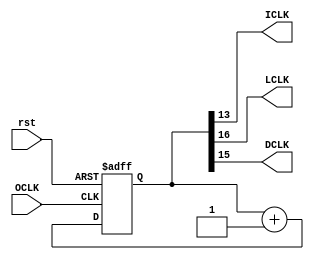
module divider
(
    input OCLK,
    input rst,
    output wire ICLK,
    output wire LCLK,
    output wire DCLK
);

parameter OF = 50000000, IF = 3051, LF = 381, DF = 762, TF = 1;
reg[16:0] counter;

always @(posedge OCLK or posedge rst) begin
    if (rst)
        counter <= 0;
    else
        counter <= counter + 17'b1;
end

assign ICLK = counter[13];
assign LCLK = counter[16];
assign DCLK = counter[15];
endmodule 


// module divider
// (
//     input wire OCLK,
//     output reg ICLK,
//     output reg LCLK,
//     output reg DCLK,
// );

// parameter OF = 50000000, IF = 4000, LF = 500, DF = 1000, TF = 1;
// reg[17:0] counter;

// always @(posedge OCLK) begin
//     if (counter >= OF / LF - 1)
//         counter <= 0;
//     else
//         counter <= counter + 18'b1;
// end

// always @(posedge OCLK) begin
//     if (counter % (OF / IF / 2) == 0)
//             ICLK <= !ICLK;
//     if (counter % (OF / LF / 2) == 0)
//             LCLK <= !LCLK;
//     if (counter % (OF / DF / 2) == 0)
//             DCLK <= !DCLK;
// end
// endmodule